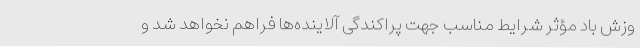
وزش باد مؤثر شرایط مناسب جهت پراکندگی آلاینده‌ها فراهم نخواهد شد و